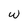
Character: W